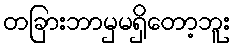
တခြားဘာမှမရှိတော့ဘူး